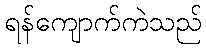
ရန်ကျောက်ကဲသည်